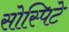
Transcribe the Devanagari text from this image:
सोस्पिटे